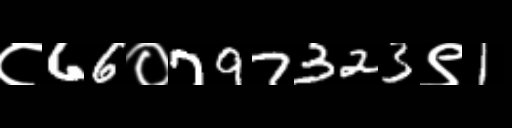
Text: ८66०797323९1